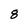
Character: 8